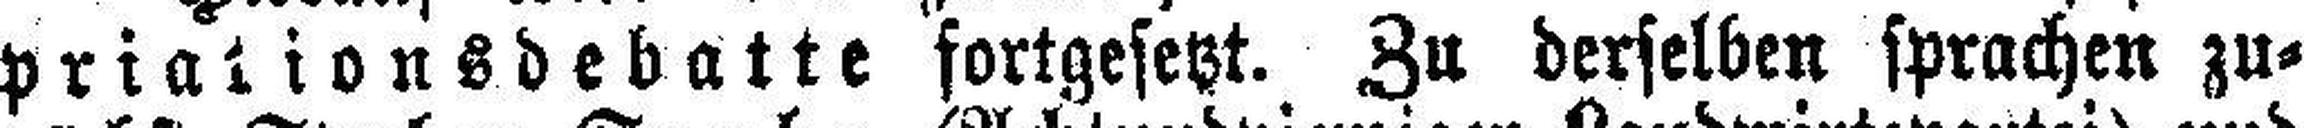
priationsdebatte fortgesetzt. Zu derselben sprachen zu¬